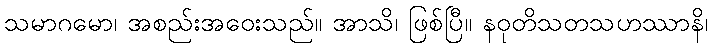
သမာဂမော၊ အစည်းအဝေးသည်။ အာသိ၊ ဖြစ်ပြီ။ နဝုတိသတသဟဿာနိ၊